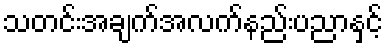
သတင်းအချက်အလက်နည်းပညာနှင့်